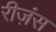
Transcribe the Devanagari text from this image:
रीज़ंस